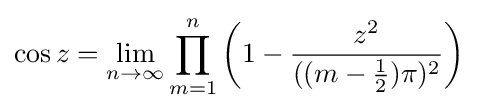
\cos z=\lim _{n\to \infty }\prod _{m=1}^{n}\left(1-{\frac {z^{2}}{((m-{\frac {1}{2}})\pi )^{2}}}\right)